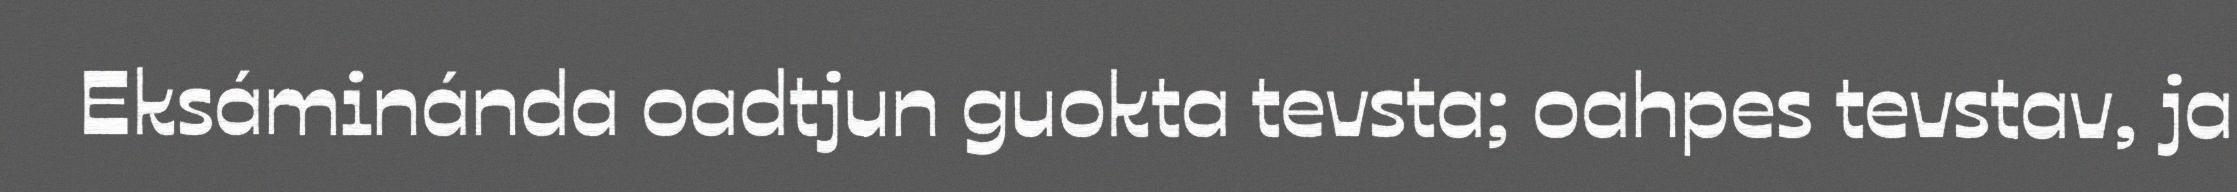
Eksáminánda oadtjun guokta tevsta; oahpes tevstav, ja